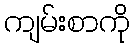
ကျမ်းစာကို